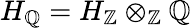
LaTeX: H_{\mathbb{Q}}=H_{\mathbb{Z}}\otimes_{\mathbb{Z}}\mathbb{Q}